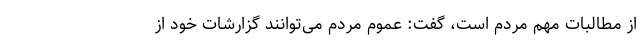
از مطالبات مهم مردم است، گفت: عموم مردم می‌توانند گزارشات خود از